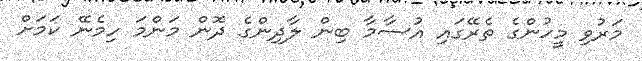
މަރުވި މީހުންގެ ތެެެރޭގައި އުސާމާ ބިން ލާދިންގެ ދޮން މަންމަ ހިމެނޭ ކަމަށް